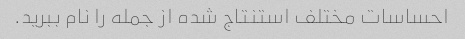
احساسات مختلف استنتاج شده از جمله را نام ببرید.